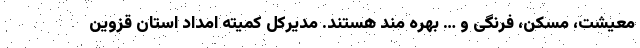
معیشت، مسکن، فرنگی و … بهره مند هستند. مدیرکل کمیته امداد استان قزوین